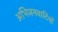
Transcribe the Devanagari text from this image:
अभिजनवादियों